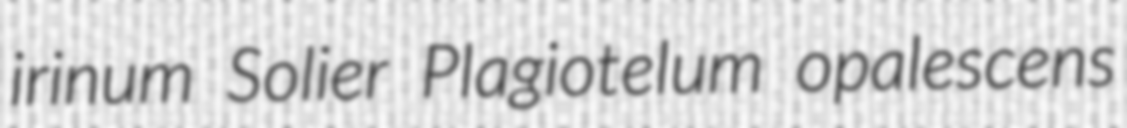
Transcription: irinum Solier Plagiotelum opalescens